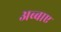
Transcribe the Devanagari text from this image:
अब्बाए